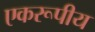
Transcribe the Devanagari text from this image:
एकरूपीय